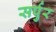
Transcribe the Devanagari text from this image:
सर्पुर